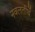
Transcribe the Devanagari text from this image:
नवलतीर्थे